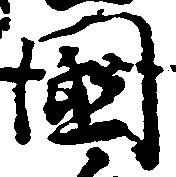
国